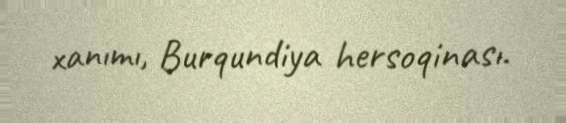
xanımı, Burqundiya hersoqinası.